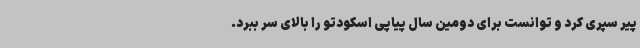
پیر سپری کرد و توانست برای دومین سال پیاپی اسکودتو را بالای سر ببرد.